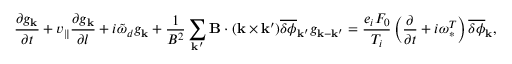
\frac { \partial g _ { \bf k } } { \partial t } + v _ { \| } \frac { \partial g _ { \bf k } } { \partial l } + i \tilde { \omega } _ { d } g _ { \bf k } + \frac { 1 } { B ^ { 2 } } \sum _ { { \bf k } ^ { \prime } } { \bf B } \cdot ( { \bf k } \times { \bf k } ^ { \prime } ) \overline { { \delta \phi } } _ { { \bf k } ^ { \prime } } g _ { { \bf k } - { \bf k } ^ { \prime } } = \frac { e _ { i } F _ { 0 } } { T _ { i } } \left( \frac { \partial } { \partial t } + i \omega _ { \ast } ^ { T } \right) \overline { { \delta \phi } } _ { \bf k } ,